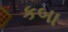
કબા